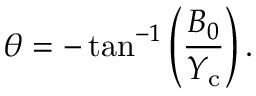
\theta = - \tan ^ { - 1 } \left( \frac { B _ { 0 } } { Y _ { \mathrm { c } } } \right) .